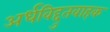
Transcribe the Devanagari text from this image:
अर्धविद्दुतवाहक